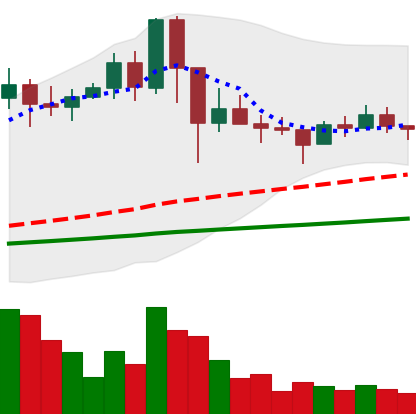
Ticker: NEO-USD
Chart end date: 2021-03-05
Forward return: 8.981%
Label: up_7plus